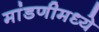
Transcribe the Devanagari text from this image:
मांडणीमध्‍ये